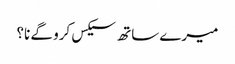
میرے ساتھ سیکس کرو گے نا؟